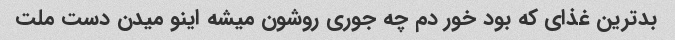
بدترین غذای که بود خور دم چه جوری روشون میشه اینو میدن دست ملت